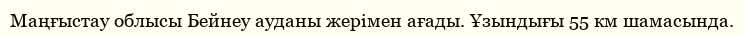
Маңғыстау облысы Бейнеу ауданы жерімен ағады. Ұзындығы 55 км шамасында.